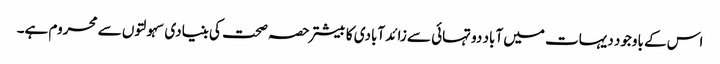
اس کے باوجود دیہات میں آباد دو تہائی سے زائد آبادی کا بیشتر حصہ صحت کی بنیادی سہولتوں سے محروم ہے۔